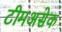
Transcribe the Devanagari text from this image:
टीमअसेक